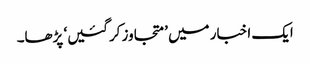
ایک اخبار میں ’متجاوز کرگئیں‘ پڑھا۔